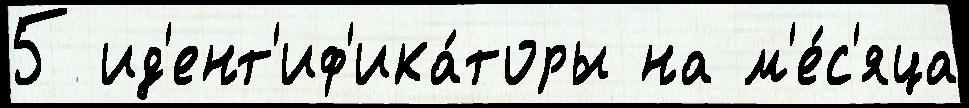
5 ид'ент'иф'ика́торы на м'е́с'яца